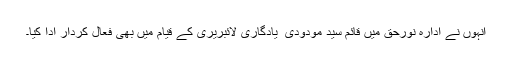
انہوں نے ادارہ نورحق میں قائم سید مودودی ؒ یادگاری لائبریری کے قیام میں بھی فعال کردار ادا کیا۔